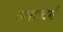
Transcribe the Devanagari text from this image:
व्य्घ्रााचर्म